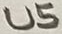
Text: U5